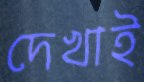
দেখাই